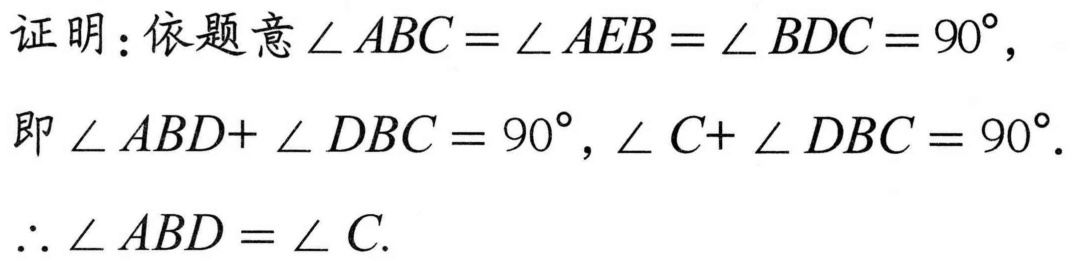
证明：依题意\(\angle ABC=\angle AEB=\angle BDC = 90^{\circ}\)，
即\(\angle ABD+\angle DBC = 90^{\circ}\)，\(\angle C+\angle DBC = 90^{\circ}\)．
\(\therefore\angle ABD=\angle C\)．